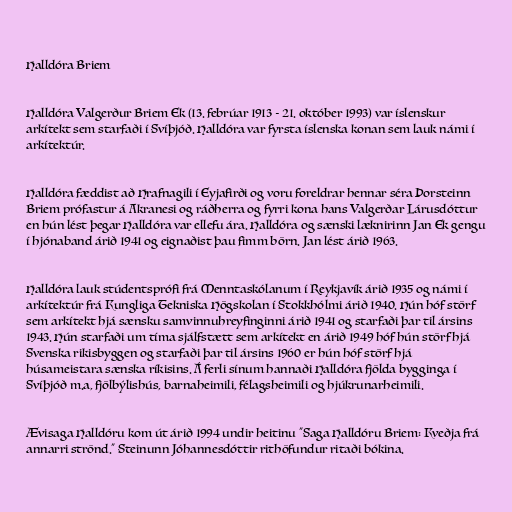
Halldóra Briem

Halldóra Valgerður Briem Ek (13. febrúar 1913 - 21. október 1993) var íslenskur
arkítekt sem starfaði í Svíþjóð. Halldóra var fyrsta íslenska konan sem lauk námi í
arkítektúr.

Halldóra fæddist að Hrafnagili í Eyjafirði og voru foreldrar hennar séra Þorsteinn
Briem prófastur á Akranesi og ráðherra og fyrri kona hans Valgerðar Lárusdóttur
en hún lést þegar Halldóra var ellefu ára. Halldóra og sænski læknirinn Jan Ek gengu
í hjónaband árið 1941 og eignaðist þau fimm börn. Jan lést árið 1963.

Halldóra lauk stúdentsprófi frá Menntaskólanum í Reykjavík árið 1935 og námi í
arkítektúr frá Kungliga Tekniska Högskolan í Stokkhólmi árið 1940. Hún hóf störf
sem arkítekt hjá sænsku samvinnuhreyfinginni árið 1941 og starfaði þar til ársins
1943. Hún starfaði um tíma sjálfstætt sem arkítekt en árið 1949 hóf hún störf hjá
Svenska rikisbyggen og starfaði þar til ársins 1960 er hún hóf störf hjá
húsameistara sænska ríkisins. Á ferli sínum hannaði Halldóra fjölda bygginga í
Svíþjóð m.a, fjölbýlishús, barnaheimili, félagsheimili og hjúkrunarheimili.

Ævisaga Halldóru kom út árið 1994 undir heitinu "Saga Halldóru Briem: Kveðja frá
annarri strönd." Steinunn Jóhannesdóttir rithöfundur ritaði bókina.